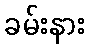
ခမ်းနား